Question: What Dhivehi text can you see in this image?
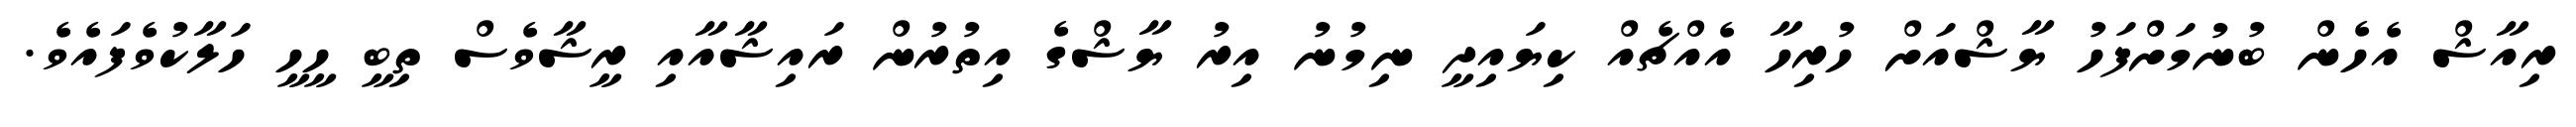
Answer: ރިއާޝް އެހެން ބުނުމަށްފަހު ޔާޝްއަށް ހުރިހާ އެއްޗެއް ކިޔައިދީ ނިމުނު އިރު ޔާޝްގެ އިތުރުން ރައިޝާއާއި ރީޝާވެސް ތިބީ ހީހީ ހަލާކުވެފައެވެ.